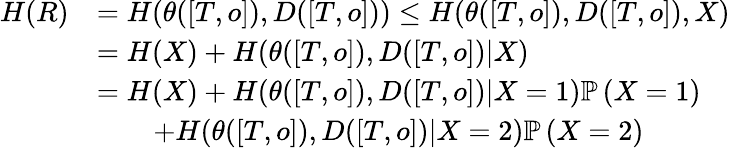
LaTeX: \begin{array}{rl}{H(R)}&{=H(\theta([T,o]),D([T,o]))\leq H(\theta([T,o]),D([T,o]),X)}\\ &{=H(X)+H(\theta([T,o]),D([T,o])|X)}\\ &{=H(X)+H(\theta([T,o]),D([T,o])|X=1)\mathbb{P}\left(X=1\right)}\\ &{\qquad+H(\theta([T,o]),D([T,o])|X=2)\mathbb{P}\left(X=2\right)}\end{array}